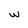
Character: w